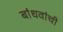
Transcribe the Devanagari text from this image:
बांधवांचीे